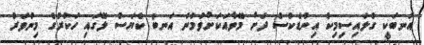
އަނބަކީ ގްލައިސިމިކް އިންޑެކްސް ދަށް މޭވާއަކަށްވުމުން އަނބު ކެޔަސް ލޭގައި ހަކުރުގެ މިންވަރު